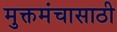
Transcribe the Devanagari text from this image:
मुक्तमंचासाठी